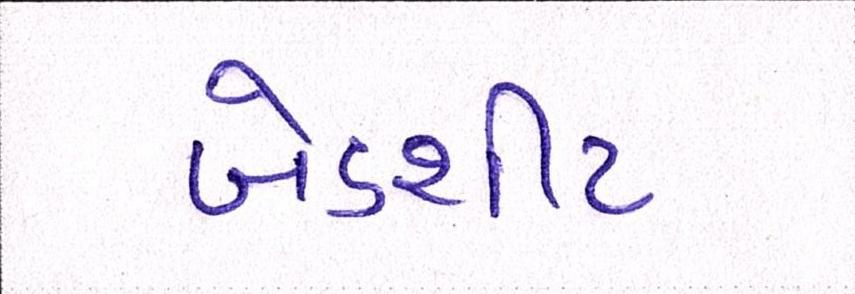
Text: બેડશીટ